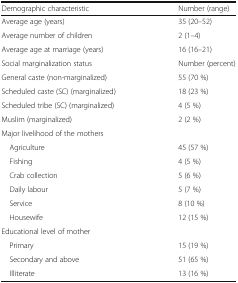
<table><thead><tr><td><b>Demographic characteristic</b></td><td><b>Number (range)</b></td></tr></thead><tbody><tr><td>Average age (years)</td><td>35 (20–52)</td></tr><tr><td>Average number of children</td><td>2 (1–4)</td></tr><tr><td>Average age at marriage (years)</td><td>16 (16–21)</td></tr><tr><td>Social marginalization status</td><td>Number (percent)</td></tr><tr><td>General caste (non-marginalized)</td><td>55 (70 %)</td></tr><tr><td>Scheduled caste (SC) (marginalized)</td><td>18 (23 %)</td></tr><tr><td>Scheduled tribe (SC) (marginalized)</td><td>4 (5 %)</td></tr><tr><td>Muslim (marginalized)</td><td>2 (2 %)</td></tr><tr><td colspan="2">Major livelihood of the mothers</td></tr><tr><td> Agriculture</td><td>45 (57 %)</td></tr><tr><td> Fishing</td><td>4 (5 %)</td></tr><tr><td> Crab collection</td><td>5 (6 %)</td></tr><tr><td> Daily labour</td><td>5 (7 %)</td></tr><tr><td> Service</td><td>8 (10 %)</td></tr><tr><td> Housewife</td><td>12 (15 %)</td></tr><tr><td colspan="2">Educational level of mother</td></tr><tr><td> Primary</td><td>15 (19 %)</td></tr><tr><td> Secondary and above</td><td>51 (65 %)</td></tr><tr><td> Illiterate</td><td>13 (16 %)</td></tr></tbody></table>